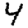
Digit: 4